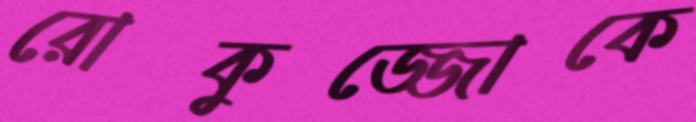
রোকুজ্জোকে